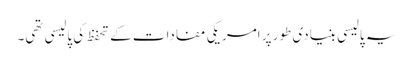
یہ پالیسی بنیادی طور پر امریکی مفادات کے تحفظ کی پالیسی تھی۔